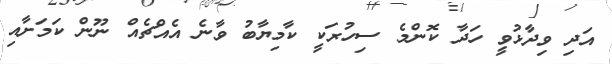
އަދި ވިދާޅުވީ ހަދާ ކޮންމެ ސިހުރަކީ ކާމިޔާބު ވާނެ އެއްޗެއް ނޫން ކަމަށާއި